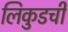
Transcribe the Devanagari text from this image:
लिकुडची